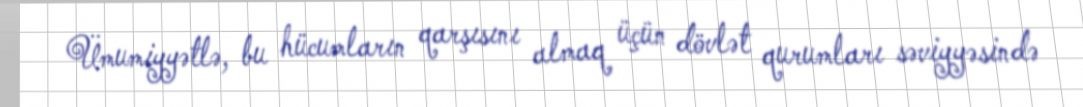
Ümumiyyətlə, bu hücumların qarşısını almaq üçün dövlət qurumları səviyyəsində